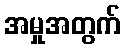
အမှုအတွက်